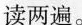
读两遍。